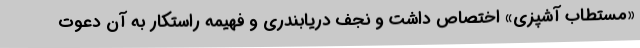
«مستطاب آشپزی» اختصاص داشت و نجف دریابندری و فهیمه راستکار به آن دعوت